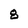
Character: 8